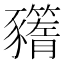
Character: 𧲗